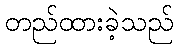
တည်ထားခဲ့သည်